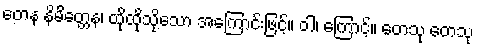
တေန နိမိတ္တေန၊ ထိုထိုသို့သော အကြောင်းဖြင့်။ ဝါ၊ ကြောင့်။ တေသု တေသု